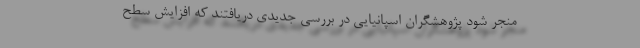
منجر شود پژوهشگران اسپانیایی در بررسی جدیدی دریافتند که افزایش سطح